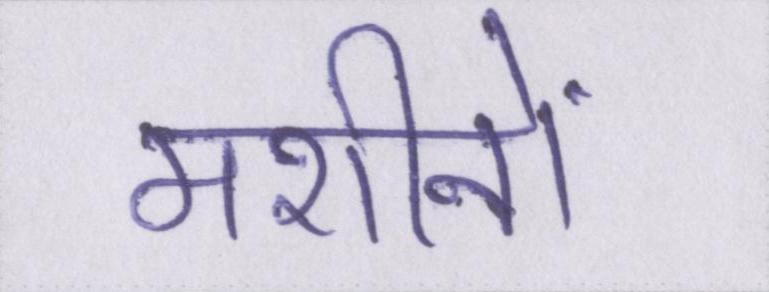
मशीनों